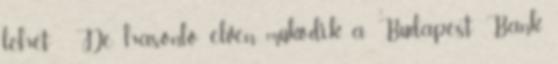
lehet . De hasonló elven működik a Budapest Bank